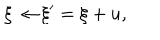
\xi \rightarrow \xi ^ { \prime } = \xi + u ,